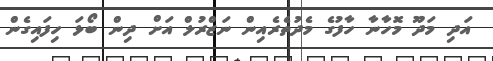
އަދި މަދޫ މޮހާނާ ހާފުގެ މެދުތެރެއިން ނަޒްރުލް އަށް ދިން ބޯޅަ ހިފައިގެން